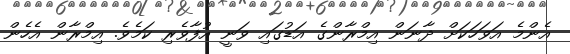
އެންމެ އަވަހަކަށް ދާނަން އިމްރާންގެ އަޑުގައި ވަނީ އުފާވެރި ކަމެވެ. އިމްރާން އެހެން